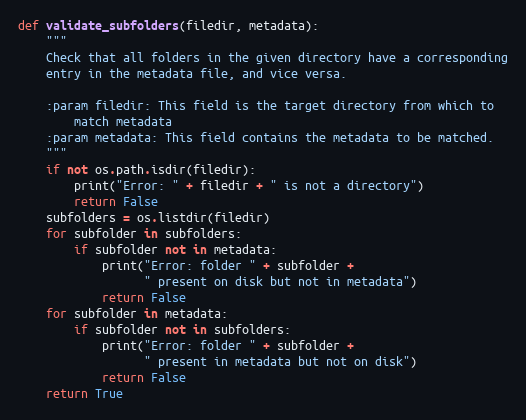
Language: Python
def validate_subfolders(filedir, metadata):
    """
    Check that all folders in the given directory have a corresponding
    entry in the metadata file, and vice versa.

    :param filedir: This field is the target directory from which to
        match metadata
    :param metadata: This field contains the metadata to be matched.
    """
    if not os.path.isdir(filedir):
        print("Error: " + filedir + " is not a directory")
        return False
    subfolders = os.listdir(filedir)
    for subfolder in subfolders:
        if subfolder not in metadata:
            print("Error: folder " + subfolder +
                  " present on disk but not in metadata")
            return False
    for subfolder in metadata:
        if subfolder not in subfolders:
            print("Error: folder " + subfolder +
                  " present in metadata but not on disk")
            return False
    return True